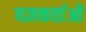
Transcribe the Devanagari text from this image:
यज्ञकर्ताओं